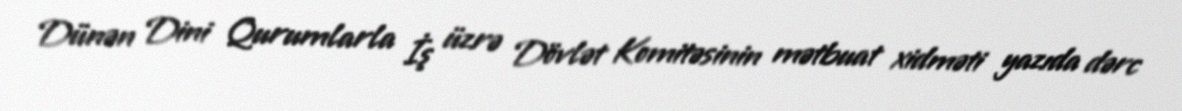
Dünən Dini Qurumlarla İş üzrə Dövlət Komitəsinin mətbuat xidməti yazıda dərc